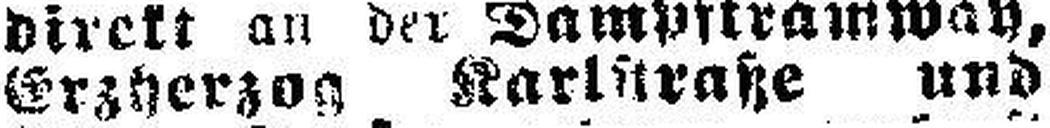
Erzherzog Karlstraße und